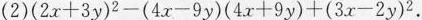
(2)$$( 2 x + 3 y ) ^ { 2 } - ( 4 x - 9 y )( 4 x + 9 y ) + ( 3 x - 2 y ) ^ { 2 }$$.